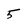
Character: 5